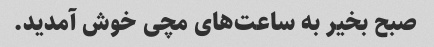
صبح بخیر به ساعت‌های مچی خوش آمدید.